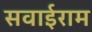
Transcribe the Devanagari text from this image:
सवाईराम